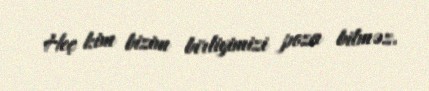
Heç kim bizim birliyimizi poza bilməz.